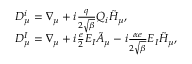
\begin{array} { l l } { { D _ { \mu } ^ { i } = \nabla _ { \mu } + i \frac { q } { 2 \sqrt { \beta } } Q _ { i } \tilde { H } _ { \mu } , } } \\ { { D _ { \mu } ^ { I } = \nabla _ { \mu } + i \frac { e } { 2 } E _ { I } \tilde { A } _ { \mu } - i \frac { \alpha e } { 2 \sqrt { \beta } } E _ { I } \tilde { H } _ { \mu } , } } \end{array}